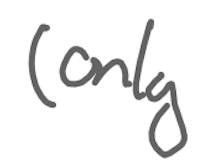
Text: (only
Cross-out: clean
Writing tool: digital_gray